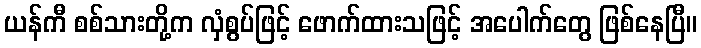
ယန်ကီ စစ်သားတို့က လှံစွပ်ဖြင့် ဖောက်ထားသဖြင့် အပေါက်တွေ ဖြစ်နေပြီ။